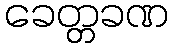
ခေတ္တခဏ